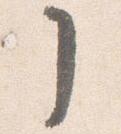
了